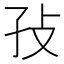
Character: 𰌡